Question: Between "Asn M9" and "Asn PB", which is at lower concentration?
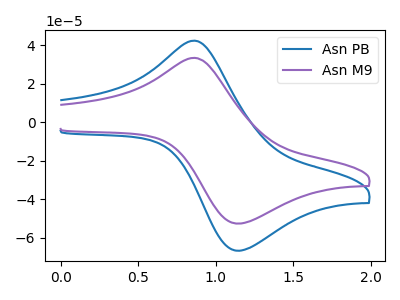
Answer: <think>The blue curve "Asn PB" has an anodic peak at (0.85V, 42.40uA) and a cathodic peak at (1.15V, -66.80uA). The purple curve "Asn M9" has an anodic peak at (0.85V, 33.45uA) and a cathodic peak at (1.15V, -52.70uA).
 All the peaks in "Asn M9" have a peak in "Asn PB" at the same potential. Every peak in "Asn M9" is lower than every peak in "Asn PB".</think>
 <answer>"Asn M9" has less signal than "Asn PB" and so likely has a lower concentration.</answer>
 <eval>less_concentration</eval>